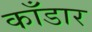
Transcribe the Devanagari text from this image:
काँडार